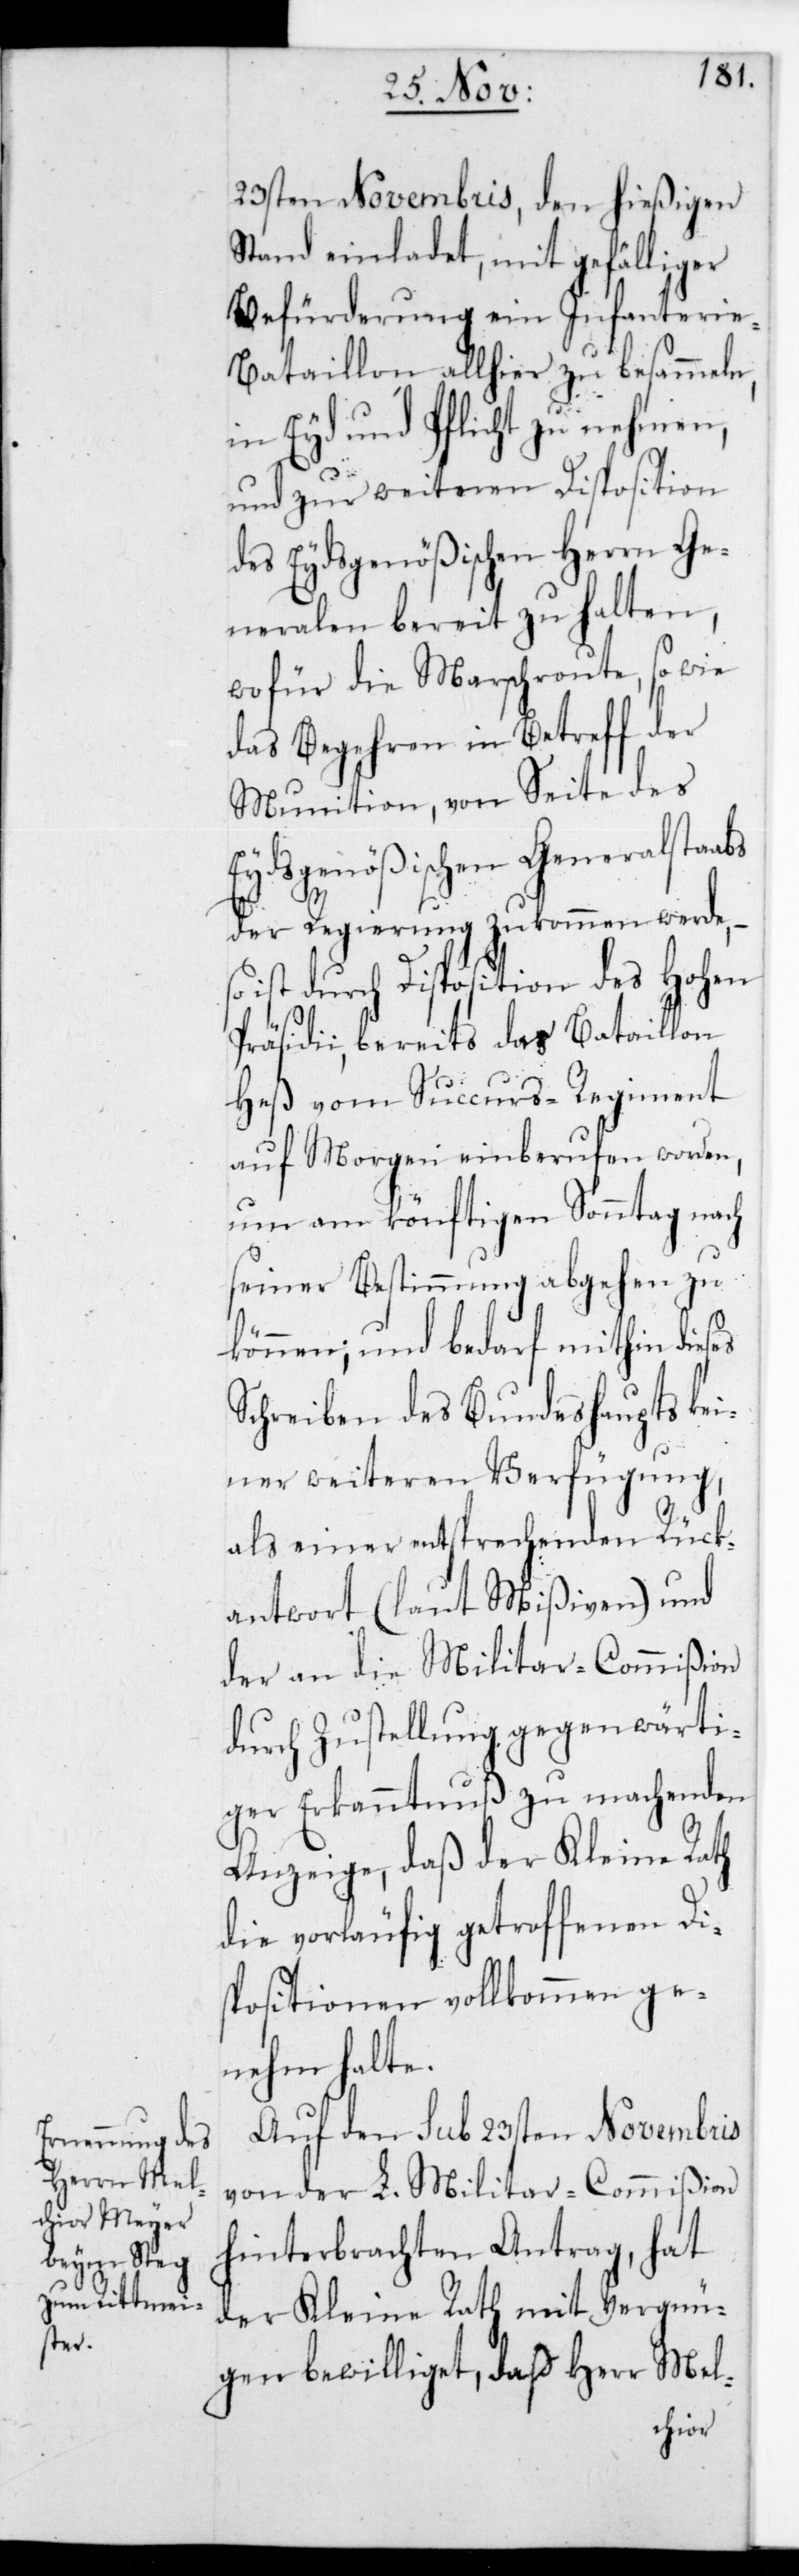
23sten Novembris, den hießigen
Stand einladet, mit gefälliger
Befürderung ein Infanteri¬
e-Bataillon allhier zu besammeln,
in Eyd und Pflicht zu nehmen,
und zur weiteren Disposition
des Eydsgenößischen Herrn Ge¬
neralen bereit zu halten,
wofür die Marschroute sowie
das Begehren in Betreff der
Munition, von Seite des
Eydsgenößischen Generalstabs
der Regierung zukommen werde,
ist durch Disposition des Hohen
Präsidii, bereits das Bataillon
Heß vom Succurs-Regiment
auf Morgen einberufen worden,
um am könftigen Sonntag nach
seiner Bestimmung abgehen zu
können, und bedarf mithin dieses
Schreiben des Bundeshaupts kei¬
ner weiteren Verfügung,
als einer entsprechenden Rück¬
antwort (laut Mißiven) und
der an die Militar-Commißion
durch Zustellung gegenwärti¬
ger Erkanntnuß zu machenden
Anzeige, daß der Kleine Rath
die vorläufig getroffenen Di¬
spositionen vollkommen ge¬
nehm halte.
Auf den sub 23sten Novembris
von der L. Militar-Commißion
hinterbrachten Antrag, hat
der Kleine Rath mit Vergnü¬
gen bewilliget, daß Herr Mel-